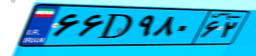
۷۹D۰۶۳۶۰